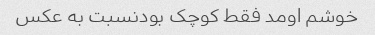
خوشم اومد فقط کوچک بودنسبت به عکس